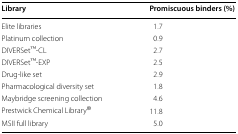
<table><thead><tr><td><b>Library</b></td><td><b>Promiscuous binders (%)</b></td></tr></thead><tbody><tr><td>Elite libraries</td><td>1.7</td></tr><tr><td>Platinum collection</td><td>0.9</td></tr><tr><td>DIVERSetTM-CL</td><td>2.7</td></tr><tr><td>DIVERSetTM-EXP</td><td>2.5</td></tr><tr><td>Drug-like set</td><td>2.9</td></tr><tr><td>Pharmacological diversity set</td><td>1.8</td></tr><tr><td>Maybridge screening collection</td><td>4.6</td></tr><tr><td>Prestwick Chemical Library<sup>®</sup></td><td>11.8</td></tr><tr><td>MSII full library</td><td>5.0</td></tr></tbody></table>